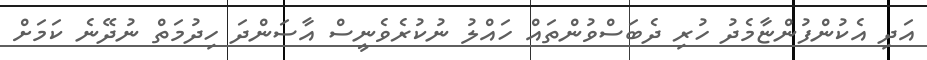
އަދި އެކުންފުންޏާމެދު ހުރި ދެބަސްވުންތައް ހައްލު ނުކުރެވެނީސް އާސަންދަ ހިދުމަތް ނުދޭނެ ކަމަށް